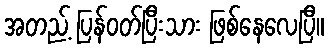
အတည့် ပြန်ဝတ်ပြီးသား ဖြစ်နေလေပြီ။